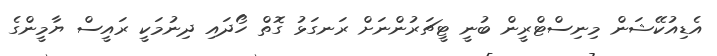
އެޑިއުކޭޝަން މިނިސްޓްރީން ބުނީ ޓީޗަރުންނަށް ރަނގަޅު ގޮތް ހޯދައި ދިނުމަކީ ރައީސް ޔާމީންގެ